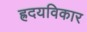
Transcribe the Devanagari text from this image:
ह्रदयविकार